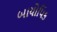
બાયોપિક